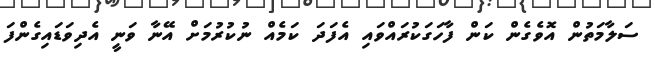
ސަލާމަތުން އޮވެގެން ކަން ފާހަގަކުރައްވައި އެފަދަ ކަމެއް ނުކުރުމަށް އޭނާ ވަނީ އެދިވަޑައިގެންފަ